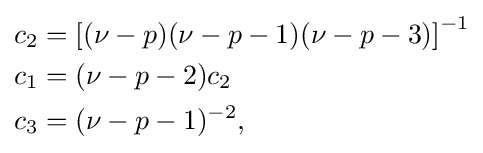
{\begin{aligned}c_{2}&=\left[(\nu -p)(\nu -p-1)(\nu -p-3)\right]^{-1}\\c_{1}&=(\nu -p-2)c_{2}\\c_{3}&=(\nu -p-1)^{-2},\end{aligned}}